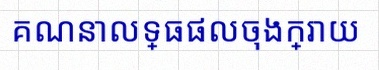
គណនាលទ្ធផលចុងក្រោយ